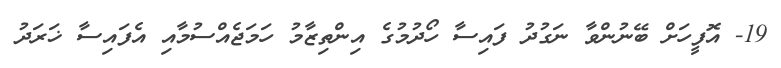
19- އޮފީހަށް ބޭނުންވާ ނަގުދު ފައިސާ ހޯދުމުގެ އިންތިޒާމު ހަމަޖެއްސުމާއި އެފައިސާ ޚަރަދު